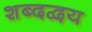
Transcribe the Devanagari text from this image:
शब्दद्वय